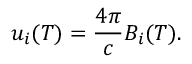
u _ { i } ( T ) = { \frac { 4 \pi } { c } } B _ { i } ( T ) .